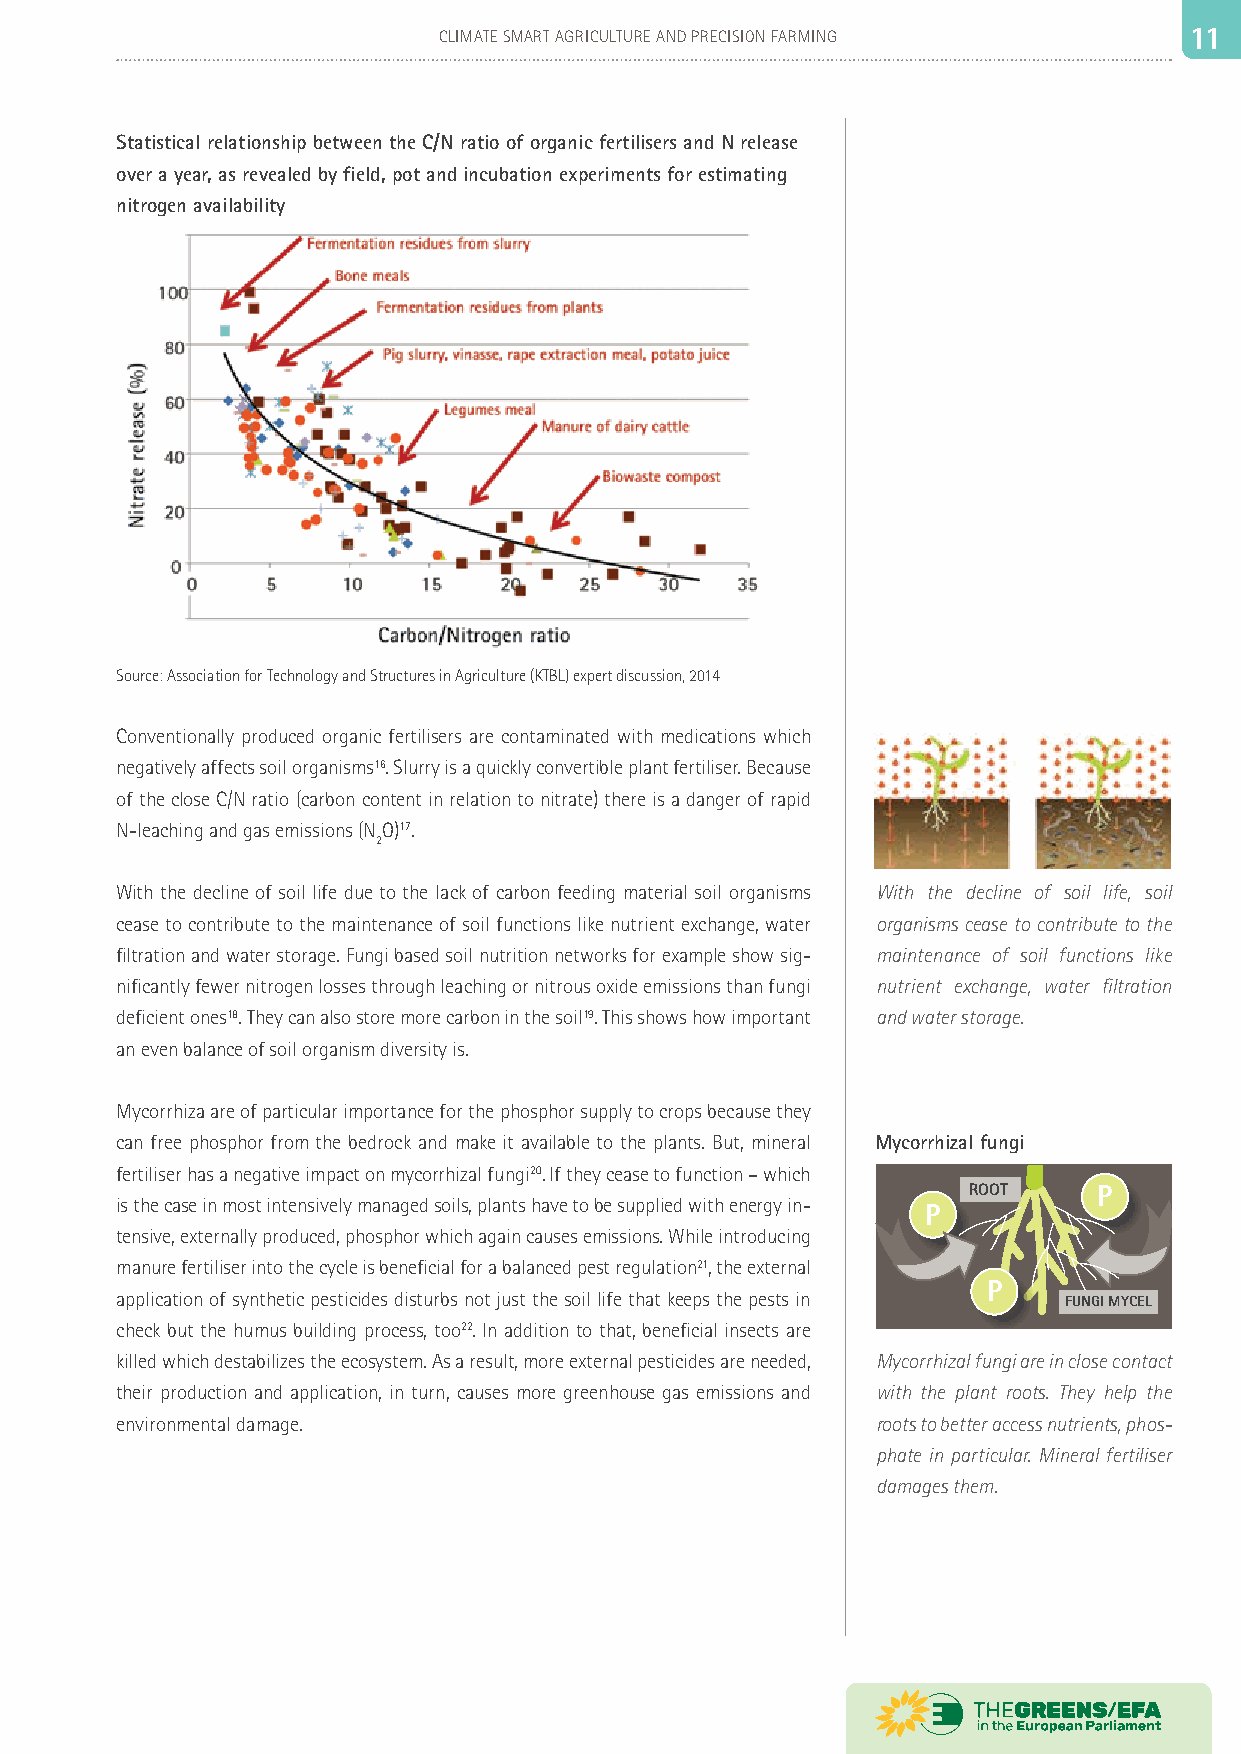
10                           CLIMATE SMART AGRICULTURE AND PRECISION FARMING  11 11
 Statistical relationship between the C/N ratio of organic fertilisers and N release
 over a year, as revealed by field, pot and incubation experiments for estimating
 nitrogen availability
 Source: Association for Technology and Structures in Agriculture (KTBL) expert discussion, 2014
 Conventionally produced organic fertilisers are contaminated with medications which
 negatively affects soil organisms16. Slurry is a quickly convertible plant fertiliser. Because
 of the close C/N ratio (carbon content in relation to nitrate) there is a danger of rapid
 N-leaching and gas emissions (NO)17.
 2
 With the decline of soil life due to the lack of carbon feeding material soil organisms With the decline of soil life, soil
 cease to contribute to the maintenance of soil functions like nutrient exchange, water organisms cease to contribute to the
 filtration and water storage. Fungi based soil nutrition networks for example show sig- maintenance of soil functions like
 nificantly fewer nitrogen losses through leaching or nitrous oxide emissions than fungi nutrient exchange, water filtration
 deficient ones18. They can also store more carbon in the soil19. This shows how important and water storage.
 an even balance of soil organism diversity is.
 Mycorrhiza are of particular importance for the phosphor supply to crops because they
 can free phosphor from the bedrock and make it available to the plants. But, mineral Mycorrhizal fungi
 fertiliser has a negative impact on mycorrhizal fungi20. If they cease to function – which
 ROOT     P
 is the case in most intensively managed soils, plants have to be supplied with energy in-
 P
 tensive, externally produced, phosphor which again causes emissions. While introducing
 manure fertiliser into the cycle is beneficial for a balanced pest regulation21, the external
 P
 application of synthetic pesticides disturbs not just the soil life that keeps the pests in FUNGI MYCEL
 check but the humus building process, too22. In addition to that, beneficial insects are
 killed which destabilizes the ecosystem. As a result, more external pesticides are needed, Mycorrhizal fungi are in close contact
 their production and application, in turn, causes more greenhouse gas emissions and with the plant roots. They help the
 environmental damage.                             roots to better access nutrients, phos-
 phate in particular. Mineral fertiliser
 damages them.